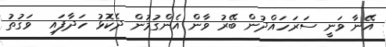
އޭނާ ވަނީ ސަރަހައްދުން ބޭރު ވާން އެންގުމުން ދެކޮޅު ހަދާފައި  ވަގުތު